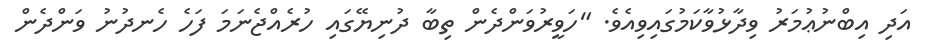
އަދި އިބްނުޢުމަރު ވިދާޅުވާކަމުގައިވިއެވެ. "ހަވީރުވަންދެން ތިބާ ދުނިޔޭގައި ހުރެއްޖެނަމަ ފަހެ ހެނދުނު ވަންދެން